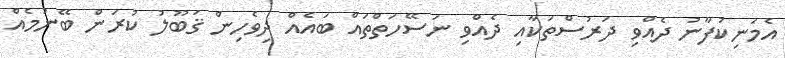
އެމަނިކުފާނު ދެއްވި ދަރުސްތަކާއި ދެއްވި ނަސޭހަތްތައް ބައެއް ދިވެހިން ޤަބޫލު ކުރަން ބޭނުމެއް